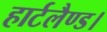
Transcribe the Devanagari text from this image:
हार्टलैण्ड।